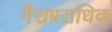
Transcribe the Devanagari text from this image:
गैरापराधिक